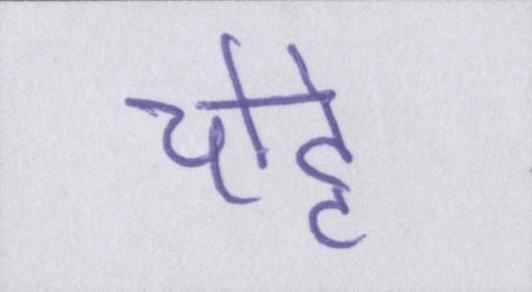
चोट्टे